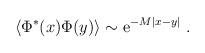
LaTeX: \begin{align*}\langle \Phi^*(x) \Phi(y) \rangle \sim {\rm e}^{-M|x-y|} \ .\end{align*}